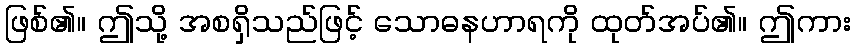
ဖြစ်၏။ ဤသို့ အစရှိသည်ဖြင့် သောဓနဟာရကို ထုတ်အပ်၏။ ဤကား